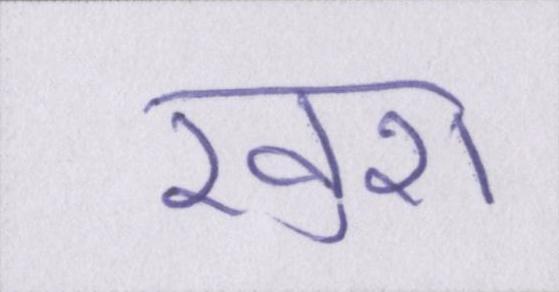
ख़ुश